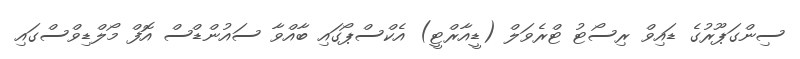
ސިންގަޕޫރުގެ ޑައިވް ރިސޯޓު ޓްރެވަލް (ޑީއާރްޓީ) އެކްސްޕޯގައި ބާއްވާ ސައުންޑްސް އޮފް މޯލްޑިވްސްގައި